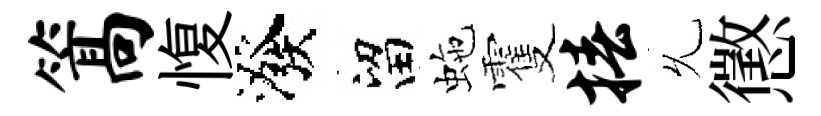
篙愎潑留虵䨥椿𠃔懲